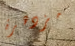
مزدهرة